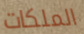
الملكات